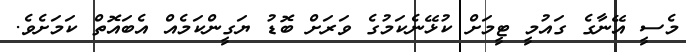
މެސީ އޭނާގެ ގައުމީ ޓީމަށް ކުޅޭނެކަމުގެ ވަރަށް ބޮޑު ޔަގީންކަމެއް އެބައޮތް ކަމަށެވެ.